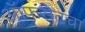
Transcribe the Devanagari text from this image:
ऑफसेटचा